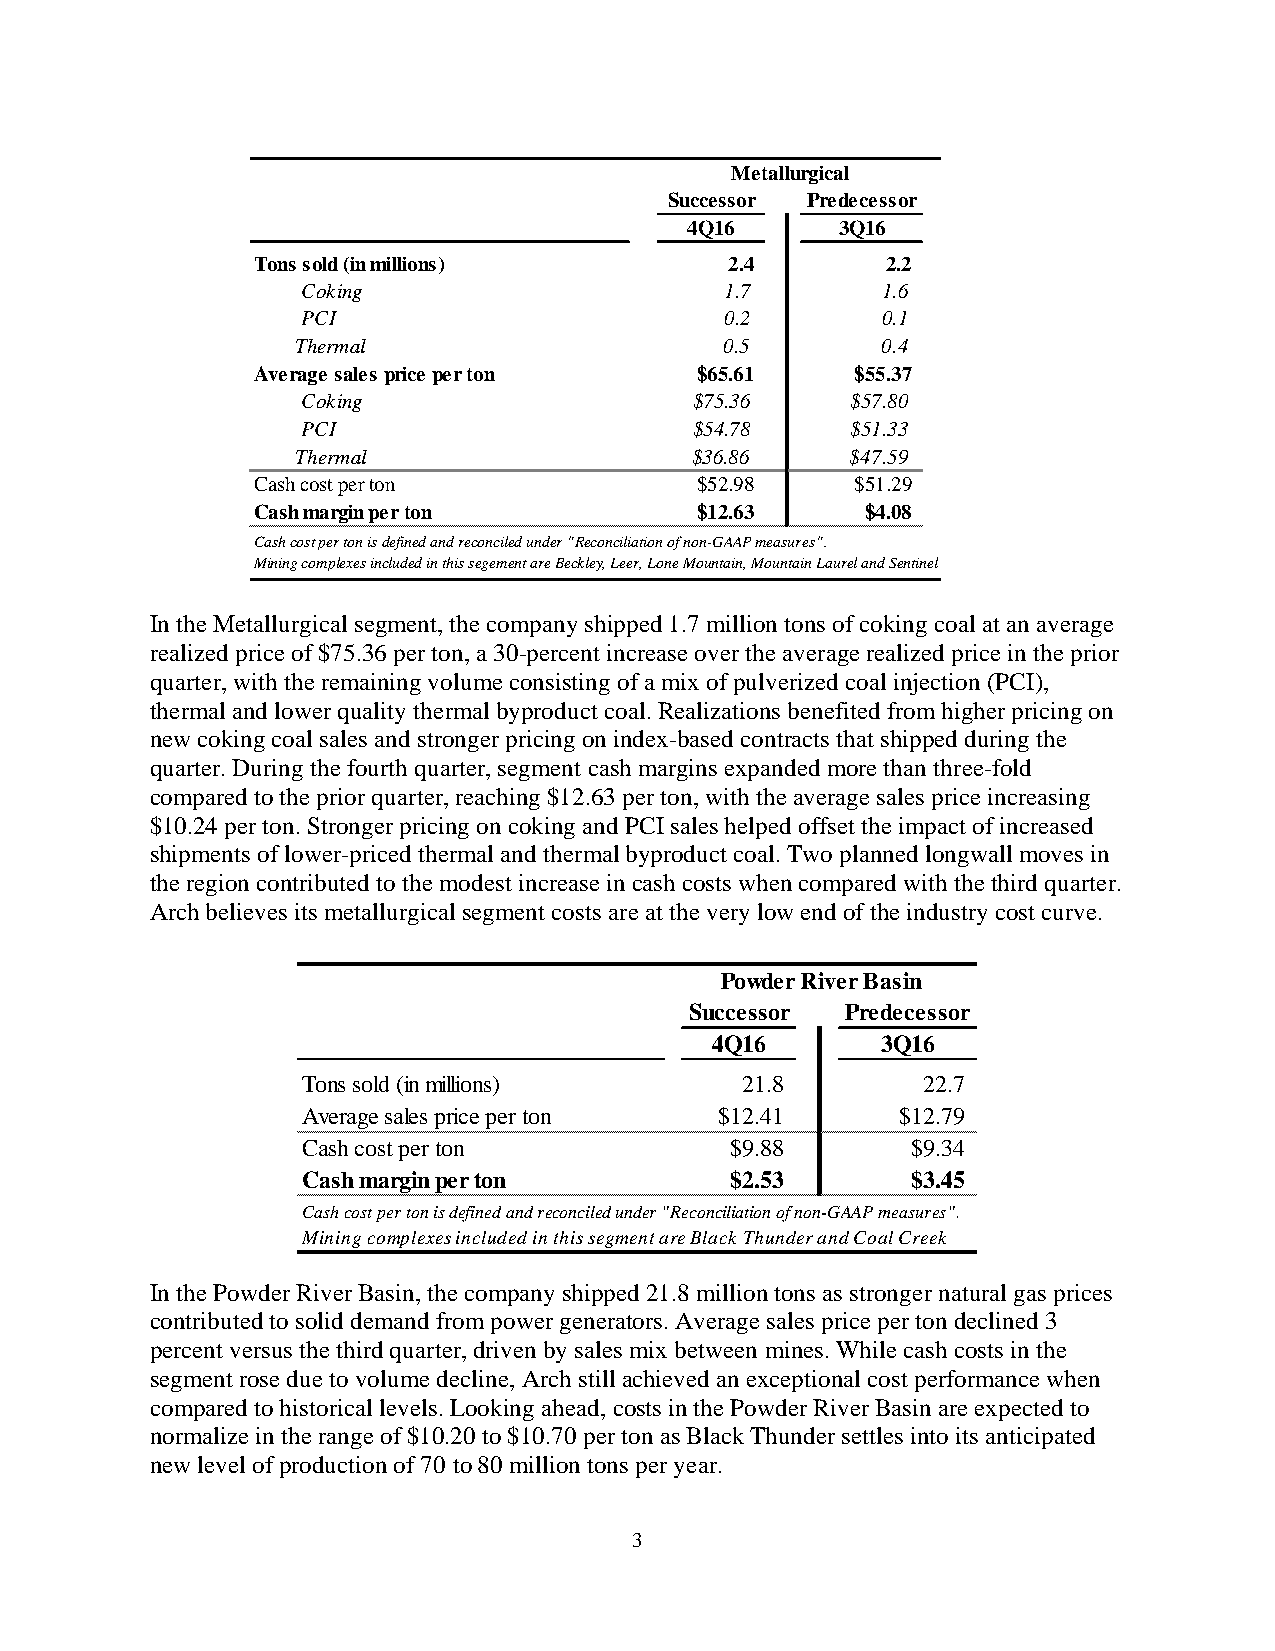
Metallurgical
 Successor Predecessor
 4Q16      3Q16
 Tons sold (in millions)        2.4        2.2
 Coking                      1.7       1.6
 PCI                         0.2       0.1
 Thermal                     0.5       0.4
 Average sales price per ton  $65.61     $55.37
 Coking                    $75.36    $57.80
 PCI                       $54.78    $51.33
 Thermal                   $36.86    $47.59
 Cash cost per ton            $52.98     $51.29
 Cash margin per ton          $12.63     $4.08
 Cash cost per ton is defined and reconciled under "Reconciliation of non-GAAP measures".
 Mining complexes included in this segement are Beckley, Leer, Lone Mountain, Mountain Laurel and Sentinel
 In the Metallurgical segment, the company shipped 1.7 million tons of coking coal at an average
 realized price of $75.36 per ton, a 30-percent increase over the average realized price in the prior
 quarter, with the remaining volume consisting of a mix of pulverized coal injection (PCI),
 thermal and lower quality thermal byproduct coal. Realizations benefited from higher pricing on
 new coking coal sales and stronger pricing on index-based contracts that shipped during the
 quarter. During the fourth quarter, segment cash margins expanded more than three-fold
 compared to the prior quarter, reaching $12.63 per ton, with the average sales price increasing
 $10.24 per ton. Stronger pricing on coking and PCI sales helped offset the impact of increased
 shipments of lower-priced thermal and thermal byproduct coal. Two planned longwall moves in
 the region contributed to the modest increase in cash costs when compared with the third quarter.
 Arch believes its metallurgical segment costs are at the very low end of the industry cost curve.
 Powder River Basin
 Successor Predecessor
 4Q16       3Q16
 Tons sold (in millions)      21.8        22.7
 Average sales price per ton $12.41     $12.79
 Cash cost per ton           $9.88       $9.34
 Cash margin per ton         $2.53       $3.45
 Cash cost per ton is defined and reconciled under "Reconciliation of non-GAAP measures".
 Mining complexes included in this segment are Black Thunder and Coal Creek
 In the Powder River Basin, the company shipped 21.8 million tons as stronger natural gas prices
 contributed to solid demand from power generators. Average sales price per ton declined 3
 percent versus the third quarter, driven by sales mix between mines. While cash costs in the
 segment rose due to volume decline, Arch still achieved an exceptional cost performance when
 compared to historical levels. Looking ahead, costs in the Powder River Basin are expected to
 normalize in the range of $10.20 to $10.70 per ton as Black Thunder settles into its anticipated
 new level of production of 70 to 80 million tons per year.
 3